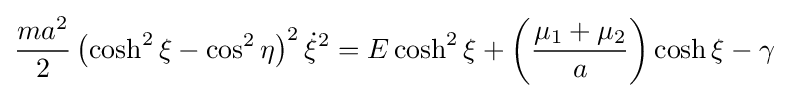
{\frac {ma^{2}}{2}}\left(\cosh ^{2}\xi -\cos ^{2}\eta \right)^{2}{\dot {\xi }}^{2}=E\cosh ^{2}\xi +\left({\frac {\mu _{1}+\mu _{2}}{a}}\right)\cosh \xi -\gamma